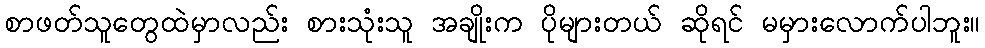
စာဖတ်သူတွေထဲမှာလည်း စားသုံးသူ အချိုးက ပိုများတယ် ဆိုရင် မမှားလောက်ပါဘူး။